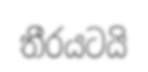
තීරයටයි